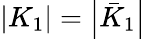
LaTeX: \left|K_{1}\right|=\left|\bar{K}_{1}\right|